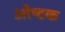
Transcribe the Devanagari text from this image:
ओष्टक